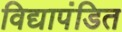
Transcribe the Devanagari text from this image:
विद्यापंडित